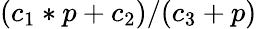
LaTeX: (c_{1}*p+c_{2})/(c_{3}+p)